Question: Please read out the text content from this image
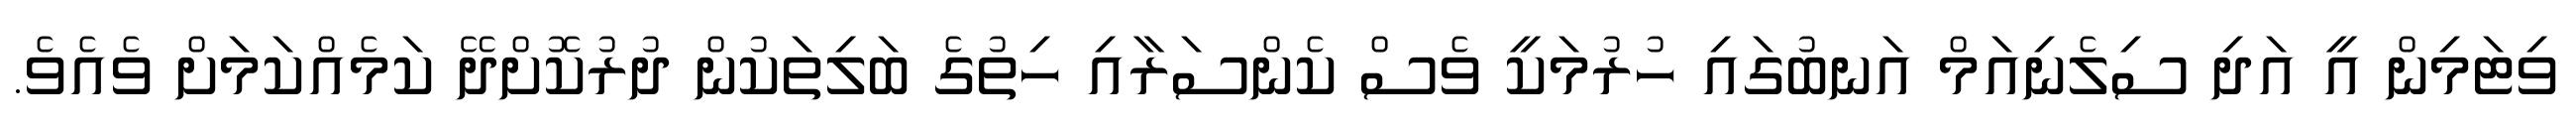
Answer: ވިޓަމިން އީ އަދި ސިލެނިއަމް އަނބުގައި ހުރުމަކީ ވެސް ކެންސަރާއި ހިތުގެ ބަލިތަކުން ދުރުކޮށްދޭ ކަމެއްކަމަށް ވެއެވެ.